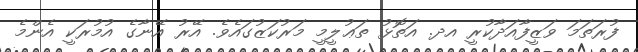
ފުރަތަމަ ވަޒީފާއަދާކުރީ އދ. އަތޮޅު ތަޢުލީމީ މަރުކަޒުގައެވެ. އޭރު އޭނާގެ އުމުުރަކީ އެންމެ